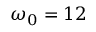
\omega _ { 0 } = 1 2